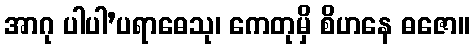
အာဂု ပါပါ’ပရာဓေသု၊ ကေတုမှိ စိဟနေ ဓဇော။